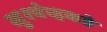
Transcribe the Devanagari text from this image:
ख्रुश्चेव्हकडे